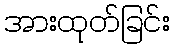
အားထုတ်ခြင်း